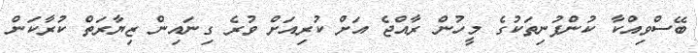
ބޭސްވިއްކާ ކުންފުނިތަކުގެ މީހުން ރާއްޖެ އަށް ކުރިއަށް ވުރެ ގިނައިން ޒިޔާރަތް ކުރާކަން